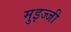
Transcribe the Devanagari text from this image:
मुइज्जी